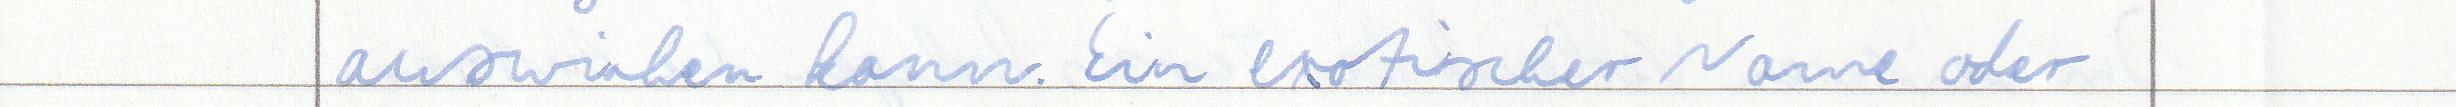
auswirken kann. Ein exotischer Name oder